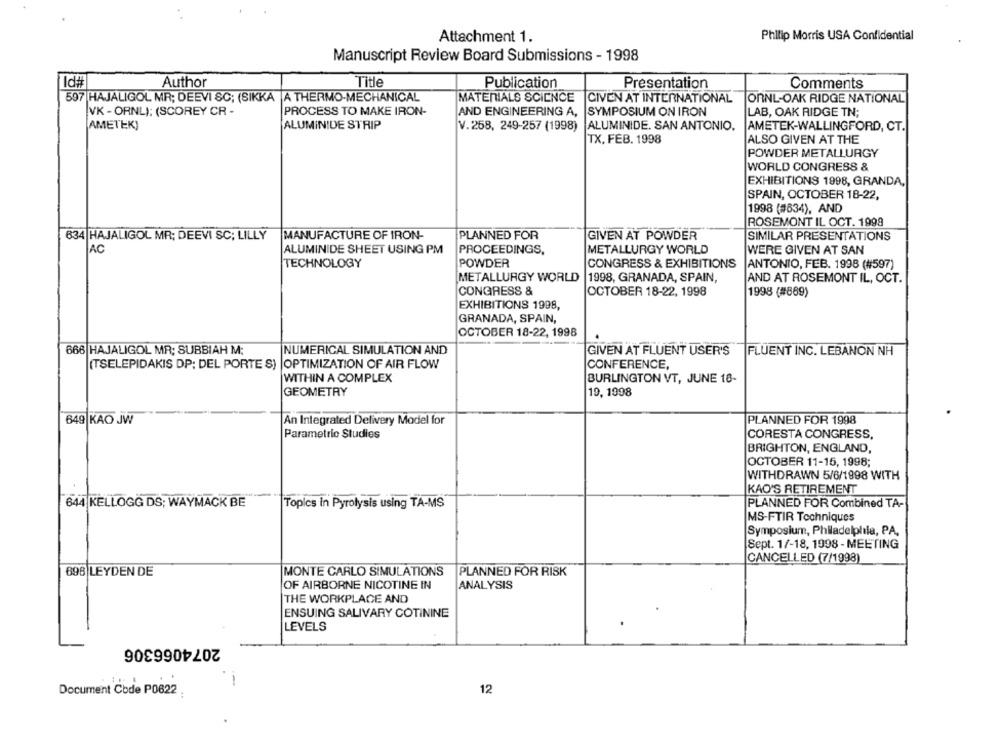
Attachment 1.
Philip Morris USA Confidential
Manuscript Review Board Submissions - 1998
Id#
Author
Title
Publication
Presentation
Comments
597 HAJALIGOL MR; DEEVI &C; (SIKKA A THERMO-MECHANICAL
MATERIALS SCIENCE |CIVEN AT INTERNATIONAL
ORNL-OAK RIDGE NATIONAL
VK - ORNL): (SCOREY CR -
PROCESS TO MAKE IRON-
AND ENGINEERING A,
SYMPOSIUM ON IRON
LAB, OAK RIDGE TN;
AMETEK)
ALUMINIDE STRIP
V.258, 249-257 (1998) ALUMINIDE. SAN ANTONIO.
AMETEK-WALLINGFORD, CT.
TX, FEB. 1998
ALSO GIVEN AT THE
POWDER METALLURGY
WORLD CONGRESS &
EXHIBITIONS 1998, GRANDA,
SPAIN, OCTOBER 18-22,
1998 (#634), AND
ROSEMONT IL OCT. 1998
634 HAJALIGOL MR; DEEVI SC; LILLY
MANUFACTURE OF IRON-
PLANNED FOR
GIVEN AT POWDER
SIMILAR PRESENTATIONS
AC
ALUMINIDE SHEET USING PM
PROCEEDINGS,
METALLURGY WORLD
WERE GIVEN AT SAN
TECHNOLOGY
POWDER
CONGRESS & EXHIBITIONS
ANTONIO, FEB. 1998 (#597)
METALLURGY WORLD |1998, GRANADA, SPAIN,
AND AT ROSEMONT IL, OCT.
CONGRESS &
OCTOBER 18-22, 1998
1998 (#889)
EXHIBITIONS 1998,
GRANADA, SPAIN,
OCTOBER 18-22, 1998
666 HAJALIGOL MR: SUBBIAH M:
NUMERICAL SIMULATION AND
GIVEN AT FLUENT USER'S
FLUENT INC. LEBANON NH
CONFERENCE,
(TSELEPIDAKIS DP: DEL PORTE S) |OPTIMIZATION OF AIR FLOW
WITHIN A COMPLEX
BURLINGTON VT, JUNE 18-
GEOMETRY
19, 1998
649 KAO JW
An Integrated Delivery Model for
PLANNED FOR 1998
Parametric Studies
CORESTA CONGRESS,
BRIGHTON, ENGLAND,
OCTOBER 11-15, 1998;
WITHDRAWN 5/6/1998 WITH
KAO'S RETIREMENT
644 KELLOGG DS; WAYMACK BE
Topics in Pyrolysis using TA-MS
PLANNED FOR Combined TA-
MS-FTIR Techniques
Symposium, Philadelphia, PA,
Sept. 1/-18, 1998 - MEETING
CANCELLED (7/1998)
696 LEYDEN DE
MONTE CARLO SIMULATIONS
PLANNED FOR RISK
OF AIRBORNE NICOTINE IN
ANALYSIS
THE WORKPLACE AND
ENSUING SALIVARY COTININE
LEVELS
2074066306
Document Code P0622
12